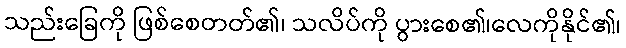
သည်းခြေကို ဖြစ်စေတတ်၏၊ သလိပ်ကို ပွားစေ၏၊လေကိုနိုင်၏၊